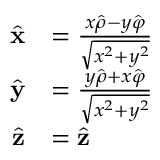
{ \begin{array} { r l } { { \hat { \mathbf { x } } } } & { = { \frac { x { \hat { \boldsymbol { \rho } } } - y { \hat { \boldsymbol { \varphi } } } } { \sqrt { x ^ { 2 } + y ^ { 2 } } } } } \\ { { \hat { \mathbf { y } } } } & { = { \frac { y { \hat { \boldsymbol { \rho } } } + x { \hat { \boldsymbol { \varphi } } } } { \sqrt { x ^ { 2 } + y ^ { 2 } } } } } \\ { { \hat { \mathbf { z } } } } & { = { \hat { \mathbf { z } } } } \end{array} }